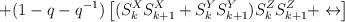
LaTeX: \begin{align*}+ (1 - q - q^{-1})\left[ ( S^X_k S^X_{k+1} + S^Y_k S^Y_{k + 1} )S^Z_k S^Z_{k + 1}+ \leftrightarrow \right]\end{align*}